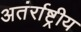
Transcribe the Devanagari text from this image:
अतंर्राष्ट्रीय